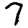
Digit: 7